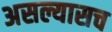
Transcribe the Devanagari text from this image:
असल्यासच